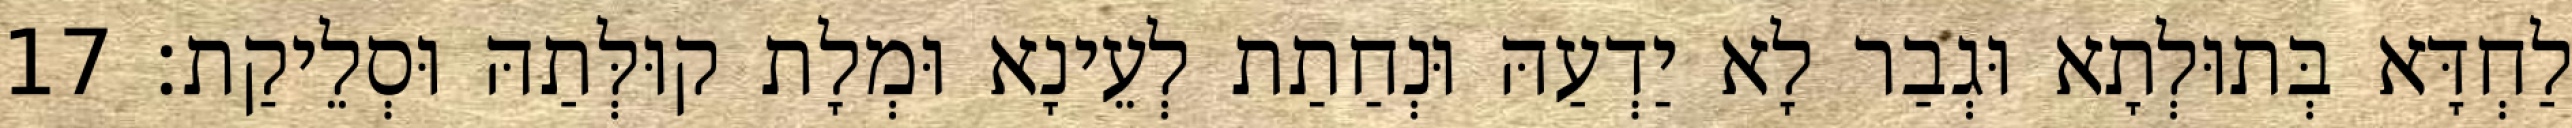
לַחְדָּא בְּתוּלְתָא וּגְבַר לָא יַדְעַהּ וּנְחַתַת לְעֵינָא וּמְלָת קוּלְּתַהּ וּסְלֵיקַת׃ 17